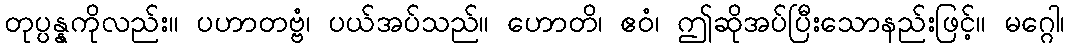
တုပ္ပန္နကိုလည်း။ ပဟာတဗ္ဗံ၊ ပယ်အပ်သည်။ ဟောတိ၊ ဧဝံ၊ ဤဆိုအပ်ပြီးသောနည်းဖြင့်။ မဂ္ဂေါ၊